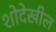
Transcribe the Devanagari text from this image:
शोदेखील